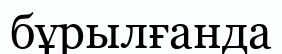
бұрылғанда